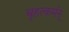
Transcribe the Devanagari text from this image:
बृहत्कर्मन्